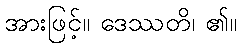
အားဖြင့်။ ဒေဿတိ၊ ၏။